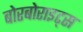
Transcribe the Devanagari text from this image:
बोरबोराइट्स